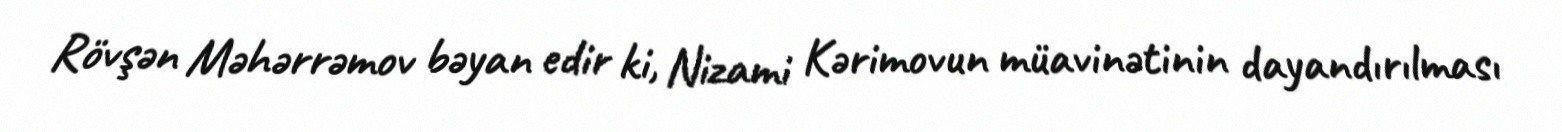
Rövşən Məhərrəmov bəyan edir ki, Nizami Kərimovun müavinətinin dayandırılması